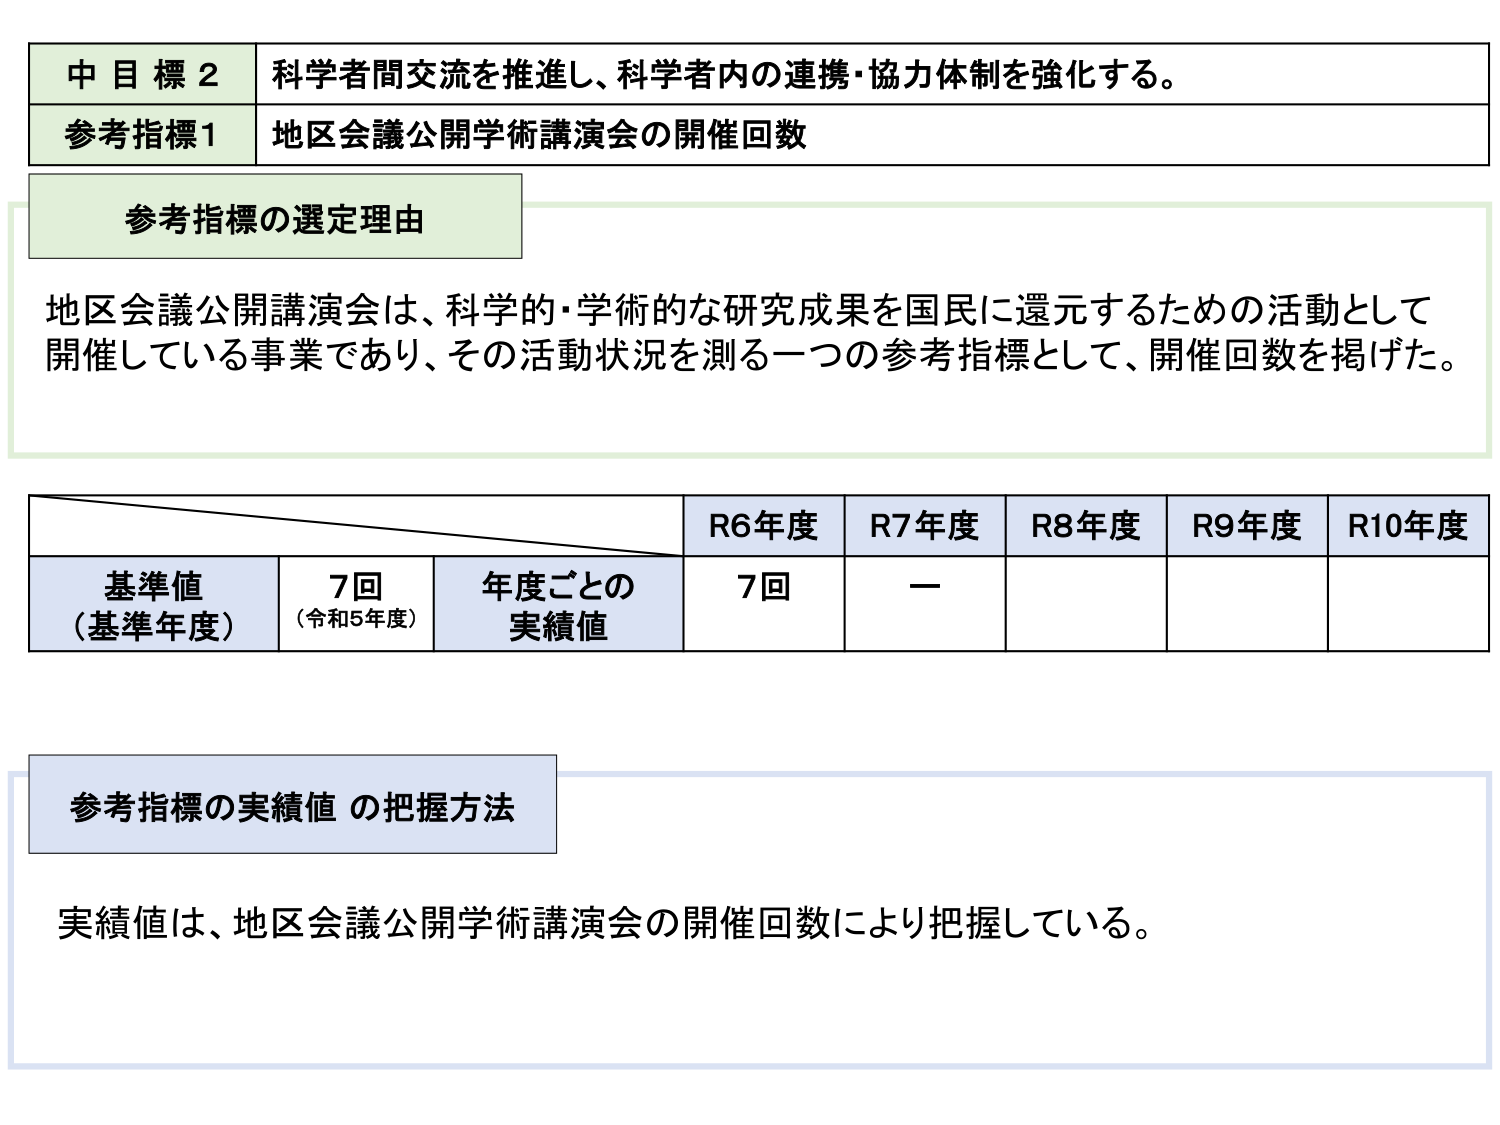
中目標2 科学者間交流を推進し、科学者内の連携・協力体制を強化する。
参考指標1 地区会議公開学術講演会の開催回数
参考指標の選定理由
地区会議公開講演会は、科学的・学術的な研究成果を国民に還元するための活動として
開催している事業であり、その活動状況を測る一つの参考指標として、開催回数を掲げた。
R6年度 R7年度 R8年度 R9年度 R10年度
基準値 7回 年度ごとの 7回 ー
（基準年度） （令和5年度） 実績値
参考指標の実績値 の把握方法
実績値は、地区会議公開学術講演会の開催回数により把握している。